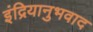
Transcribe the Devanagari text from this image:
इंद्रियानुभवाद